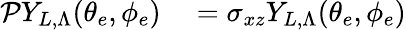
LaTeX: \begin{array}{rl}{\mathcal{P}Y_{L,\Lambda}(\theta_{e},\phi_{e})}&{{}=\sigma_{xz}Y_{L,\Lambda}(\theta_{e},\phi_{e})}\end{array}